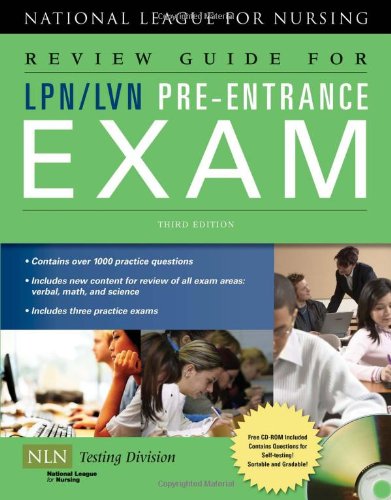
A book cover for Review Guide For LPN/LVN Pre-Entrance Exam; Test Preparation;